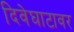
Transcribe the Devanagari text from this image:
दिवेघाटावर